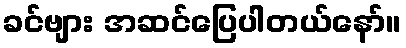
ခင်ဗျား အဆင်ပြေပါတယ်နော်။